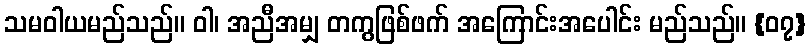
သမဝါယမည်သည်။ ဝါ၊ အညီအမျှ တကွဖြစ်ဖက် အကြောင်းအပေါင်း မည်သည်။ {၀၇}